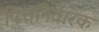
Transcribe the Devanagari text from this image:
पित्तनिवारक